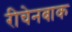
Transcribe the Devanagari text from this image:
रीचेनबाक